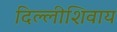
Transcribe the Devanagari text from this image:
दिल्लीशिवाय